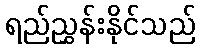
ရည်ညွှန်းနိုင်သည်